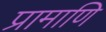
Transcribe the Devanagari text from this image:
प्रामाणि